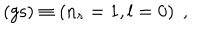
( \mathrm { g s } ) \equiv \left( n _ { r } = 1 , l = 0 \right) \; ,